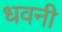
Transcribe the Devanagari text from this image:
धवनी